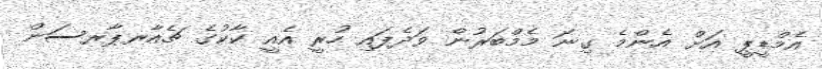
އެމްޑީޕީ އަށް އެންމެ ގިނަ މެމްބަރުން ވަދެފައި ހުރީ އެއީ ކާކުގެ ޗެއާރޕާރސަން